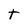
Character: t